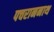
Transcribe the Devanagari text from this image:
पचराननाथ